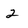
Character: 2